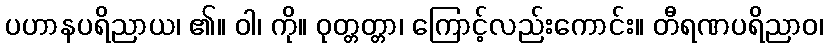
ပဟာနပရိညာယ၊ ၏။ ဝါ၊ ကို။ ဝုတ္တတ္တာ၊ ကြောင့်လည်းကောင်း။ တီရဏပရိညာဝ၊